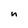
Character: n